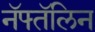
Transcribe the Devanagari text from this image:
नॅफ्तॅलिन